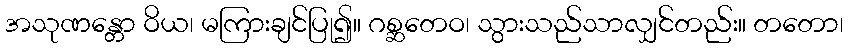
အသုဏန္တော ဝိယ၊ မကြားချင်ပြု၍။ ဂစ္ဆတေဝ၊ သွားသည်သာလျှင်တည်း။ တတော၊